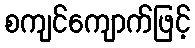
စကျင်ကျောက်ဖြင့်